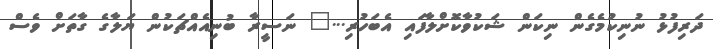
ދަރިފުޅު ނުނިކުމެގެން ނިކަން ޝަކުވާކޮށްލާފައި އެބަހުރި..." ނަސީރާ ބުނިއެއްޗަކުން ޔަލާގެ ގާތަށް ވެސް